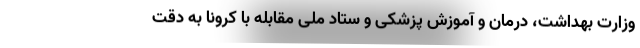
وزارت بهداشت، درمان و آموزش پزشکی و ستاد ملی مقابله با کرونا به دقت